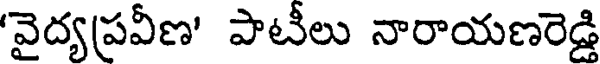
'వైద్యప్రవీణ' పాటీలు నారాయణరెడ్డి